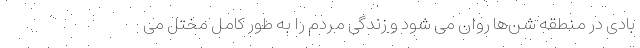
بادی در منطقه شن‌ها روان می شود و زندگی مردم را به طور کامل مختل می